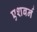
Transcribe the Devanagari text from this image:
एशबर्न